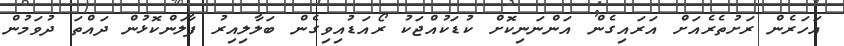
އަހަރެން ރަށުތެރެއަށް އަރައިގެން އަންނަނިކޮށް ކުޑަކުއްޖަކު ރޯއަޑުއިވިގެން ބަލާލިއިރު ފާލަންކޮޅުން ދައްތަ ދުވަމުން